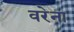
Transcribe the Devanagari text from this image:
वरेना